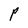
Character: P